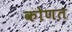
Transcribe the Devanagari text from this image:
कोणत